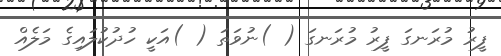
ފީރު މުރަނގަ ފީރު މުރަނގަ ( )ނުވަތަ ( )އަކީ ހުދުކުލައިގެ މަލެއް